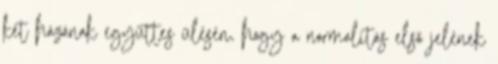
két házának együttes ülésén, hogy a normalitás első jelének